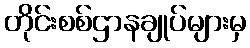
တိုင်းစစ်ဌာနချုပ်များမှ